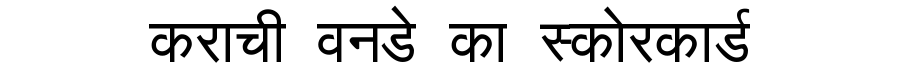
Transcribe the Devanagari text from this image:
कराची वनडे का स्कोरकार्ड